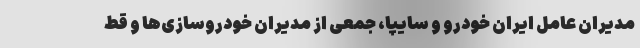
مدیران عامل ایران خودرو و سایپا، جمعی از مدیران خودروسازی‌ها و قط